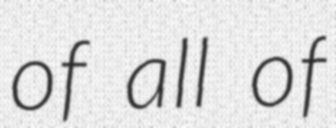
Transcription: of all of